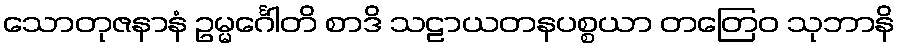
သောတုဇနာနံ ဥမ္မင်္ဂေါတိ စာဒိ သဠာယတနပစ္စယာ တတြေဝ သုဘာနိ